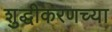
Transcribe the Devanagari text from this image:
शुद्धीकरणच्या